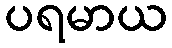
ပရမာယ